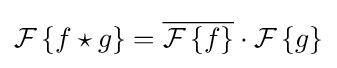
{\mathcal {F}}\left\{f\star g\right\}={\overline {{\mathcal {F}}\left\{f\right\}}}\cdot {\mathcal {F}}\left\{g\right\}